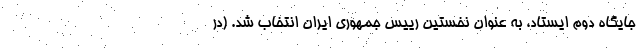
جایگاه دوم ایستاد، به عنوان نخستین رییس جمهوری ایران انتخاب شد. (در